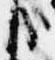
哉